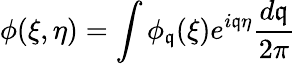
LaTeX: \phi(\xi,\eta)=\int\phi_{\mathfrak{q}}(\xi)e^{i\mathfrak{q}\eta}\frac{{d\mathfrak{q}}}{{2\pi}}